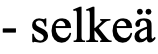
- selkeä